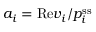
a _ { i } = \mathrm { R e } v _ { i } / p _ { i } ^ { \mathrm { s s } }